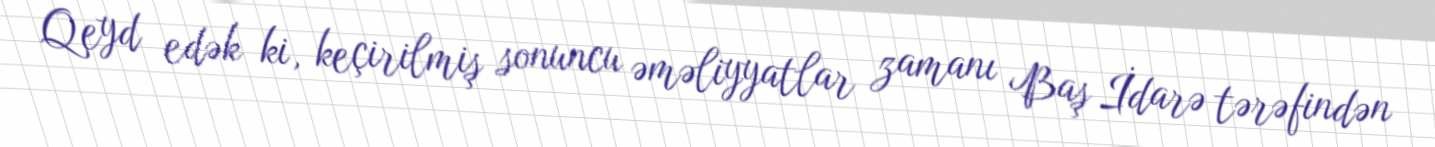
Qeyd edək ki, keçirilmiş sonuncu əməliyyatlar zamanı Baş İdarə tərəfindən